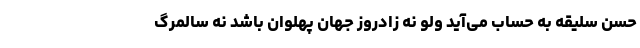
حُسن سلیقه به حساب می‌آید ولو نه زادروز جهان پهلوان باشد نه سالمرگ